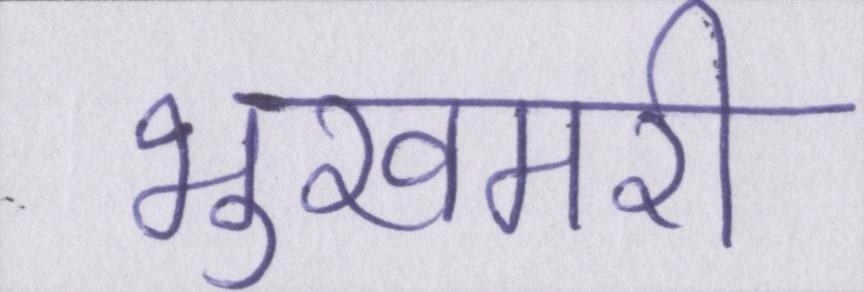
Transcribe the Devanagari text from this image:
भुखमरी